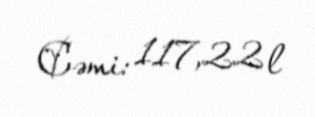
Cəmi: 117,22 l